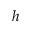
h